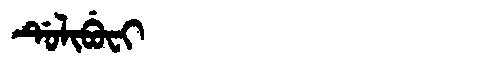
Manchu: ᡩᡠᠯᡳᠪᡠᠸᡳ
Romanization: DULIBUFI